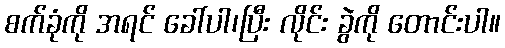
စက်ခုံကို အရင် ခေါ်ပါ၊ပြီး လိုင်း ခွဲကို တောင်းပါ။